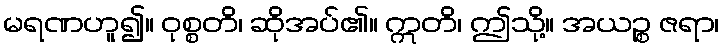
မရဏဟူ၍။ ဝုစ္စတိ၊ ဆိုအပ်၏။ ဣတိ၊ ဤသို့။ အယဉ္စ ဇရာ၊